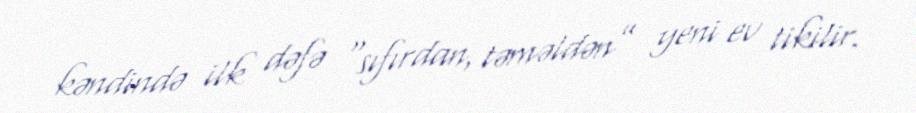
kəndində ilk dəfə “sıfırdan, təməldən” yeni ev tikilir.